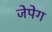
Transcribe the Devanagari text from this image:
जेपेग